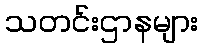
သတင်းဌာနများ